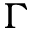
\Gamma